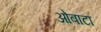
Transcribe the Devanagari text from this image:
ओबाटा